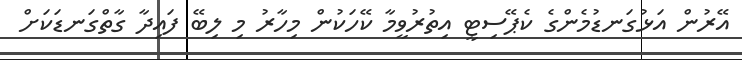
އޭރުން އަޅުގަނޑުމެންގެ ކެޕޭސިޓީ އިތުރުވީމާ ކޭހަކުން މިހާރު މި ލިބޭ ފައިދާ ގާތްގަނޑަކަށް